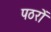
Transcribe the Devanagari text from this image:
पठरों